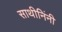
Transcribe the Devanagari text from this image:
साथीनिंनी